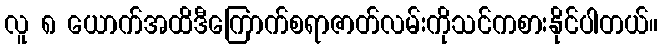
လူ ၈ ယောက်အထိဒီကြောက်စရာဇာတ်လမ်းကိုသင်ကစားနိုင်ပါတယ်။